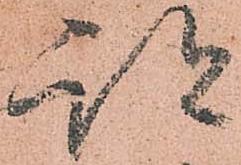
跡